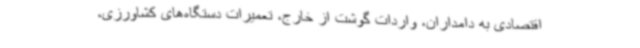
اقتصادی به دامداران، واردات گوشت از خارج، تعمیرات دستگاه‌های کشاورزی،